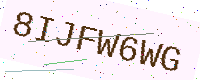
Text: 8IJFW6WG